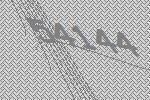
54144